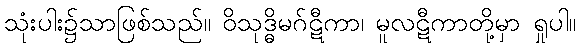
သုံးပါး၌သာဖြစ်သည်။ ဝိသုဒ္ဓိမဂ်ဋီကာ၊ မူလဋီကာတို့မှာ ရှုပါ။